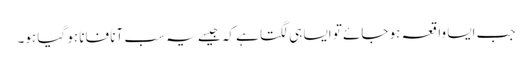
جب ایسا واقعہ ہو جائے تو ایسا ہی لگتا ہے کہ جیسے یہ سب آناََ فاناََ ہو گیا ہو۔